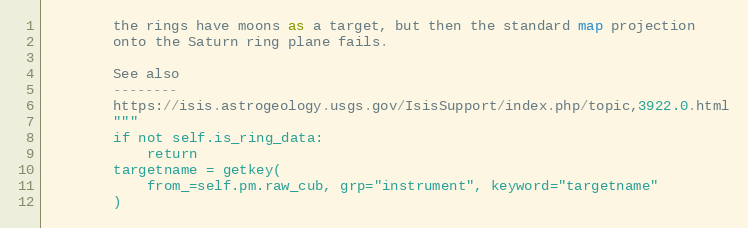
Language: Python
        the rings have moons as a target, but then the standard map projection
        onto the Saturn ring plane fails.

        See also
        --------
        https://isis.astrogeology.usgs.gov/IsisSupport/index.php/topic,3922.0.html
        """
        if not self.is_ring_data:
            return
        targetname = getkey(
            from_=self.pm.raw_cub, grp="instrument", keyword="targetname"
        )